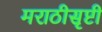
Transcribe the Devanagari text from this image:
मराठीसृष्टी